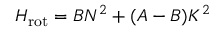
H _ { \mathrm { r o t } } = B N ^ { 2 } + ( A - B ) K ^ { 2 }